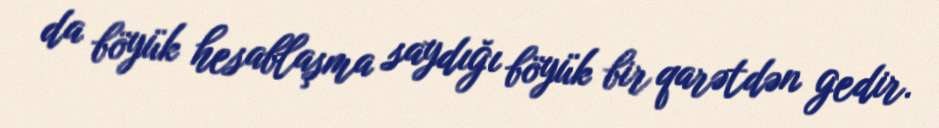
da böyük hesablaşma saydığı böyük bir qarətdən gedir.